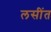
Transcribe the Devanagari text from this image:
लसींत